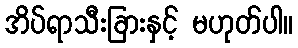
အိပ်ရာသီးခြားနှင့် မဟုတ်ပါ။